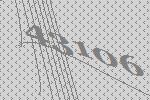
43106